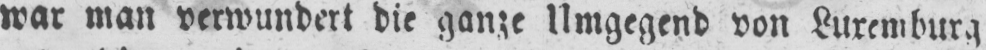
war man verwundert die ganze Umgegend von Luxemburg